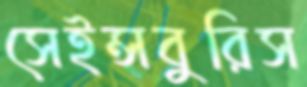
সেইন্সবুরিস